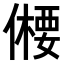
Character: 𠏕